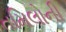
તમિલોની